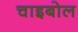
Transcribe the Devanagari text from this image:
चाइबोल